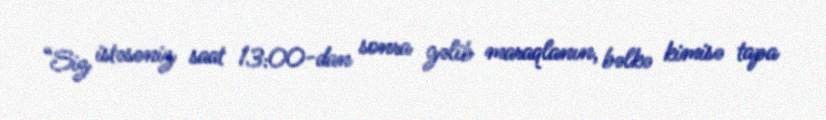
“Siz istəsəniz saat 13:00-dan sonra gəlib maraqlanın, bəlkə kimisə tapa